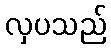
လှပသည်